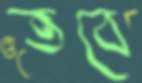
তবে